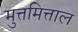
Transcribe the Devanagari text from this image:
मुत्तमित्ताल